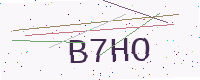
Text: B7HO